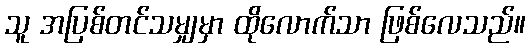
သူ အပြစ်တင်သမျှမှာ ထိုလောက်သာ ဖြစ်လေသည်။